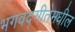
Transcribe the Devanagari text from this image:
भगवद्‍गीतेमधील